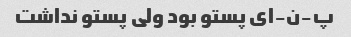
پ-ن-ای پستو بود ولی پستو نداشت